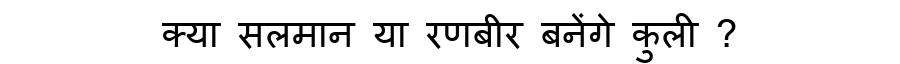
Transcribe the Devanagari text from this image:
क्या सलमान या रणबीर बनेंगे कुली ?